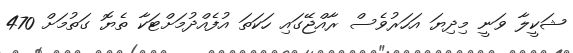
ޝަކީލާ ވަނީ މިދިޔަ އަހަރުވެސް ރާއްޖޭގައި ހަކަތަ އުފެއްދުމަށްޓަކާ ތެޔޮ ގަތުމަށް 470